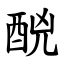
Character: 䣴